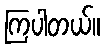
ကြပါတယ်။